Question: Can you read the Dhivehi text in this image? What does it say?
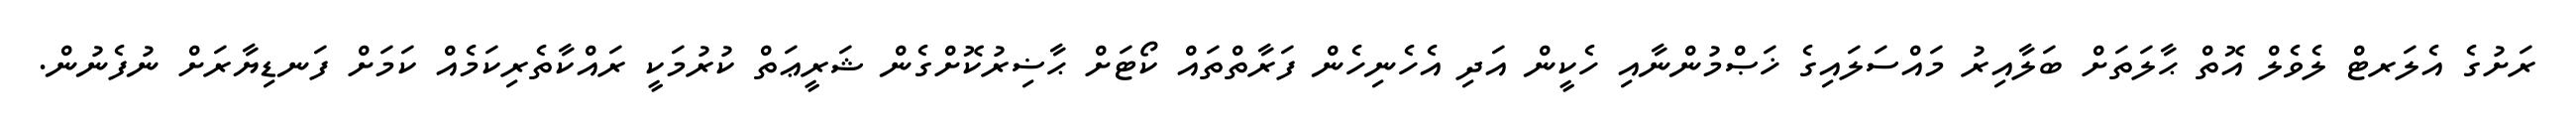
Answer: ރަށުގެ އެލަރޓް ލެވެލް އޮތް ޙާލަތަށް ބަލާއިރު މައްސަލައިގެ ޚަޞްމުންނާއި ހެކީން އަދި އެހެނިހެން ފަރާތްތައް ކޯޓަށް ޙާޟިރުކޮށްގެން ޝަރީޢަތް ކުރުމަކީ ރައްކާތެރިކަމެއް ކަމަށް ފަނޑިޔާރަށް ނުފެނުން.